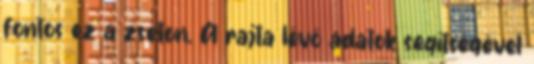
fontos ez a zseton. A rajta lévő adatok segítségével